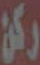
ركن